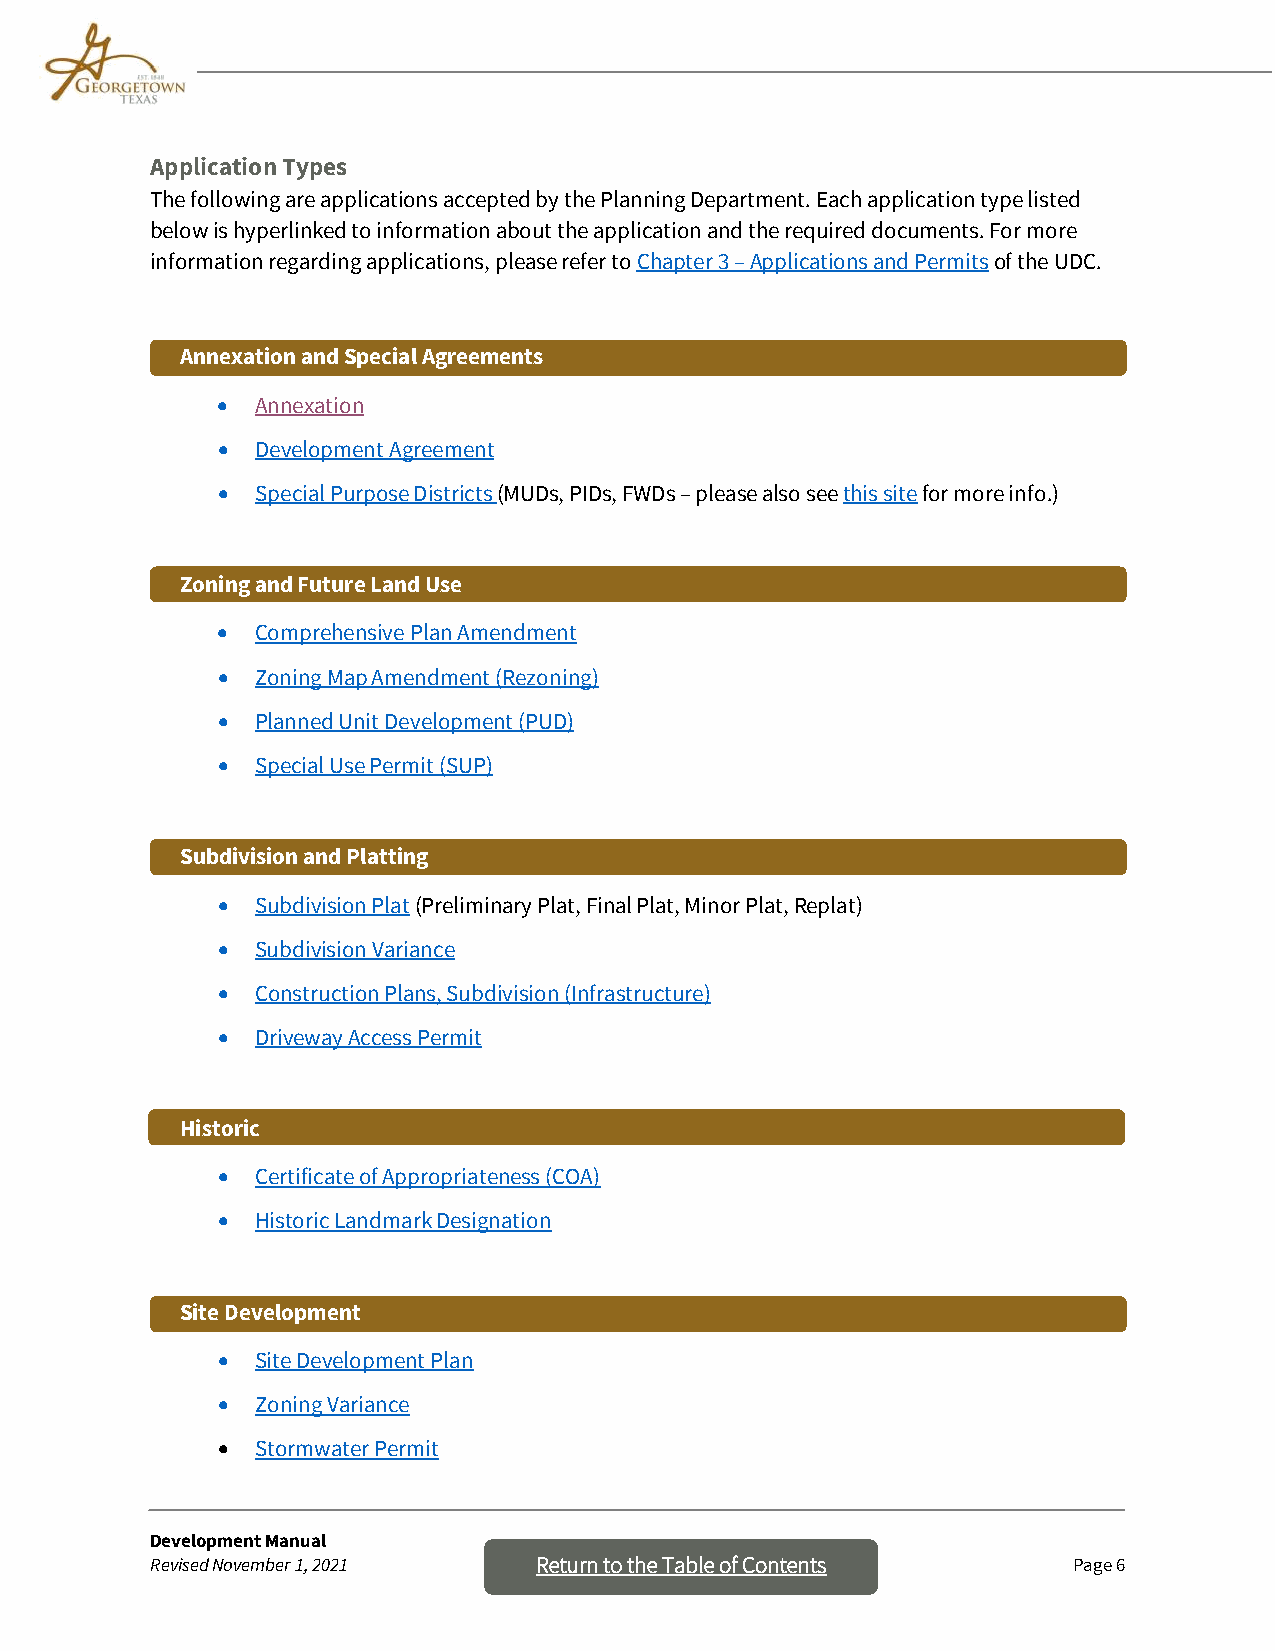
Application Types
 The following are applications accepted by the Planning Department. Each application type listed
 below is hyperlinked to information about the application and the required documents. For more
 information regarding applications, please refer to Chapter 3 – Applications and Permits of the UDC.
 Annexation and Special Agreements
 •  Annexation
 •  Development Agreement
 •  Special Purpose Districts (MUDs, PIDs, FWDs – please also see this site for more info.)
 Zoning and Future Land Use
 •  Comprehensive Plan Amendment
 •  Zoning Map Amendment (Rezoning)
 •  Planned Unit Development (PUD)
 •  Special Use Permit (SUP)
 Subdivision and Platting
 •  Subdivision Plat (Preliminary Plat, Final Plat, Minor Plat, Replat)
 •  Subdivision Variance
 •  Construction Plans, Subdivision (Infrastructure)
 •  Driveway Access Permit
 Historic
 •  Certificate of Appropriateness (COA)
 •  Historic Landmark Designation
 Site Development
 •  Site Development Plan
 •  Zoning Variance
 •  Stormwater Permit
 Development Manual
 Revised November 1, 2021 Return to th e Table of Contents    Page 6